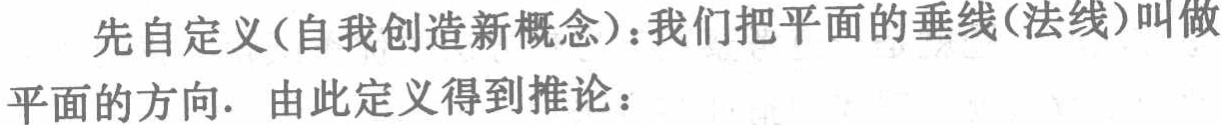
先自定义(自我创造新概念)：我们把平面的垂线(法线)叫做
平面的方向. 由此定义得到推论：